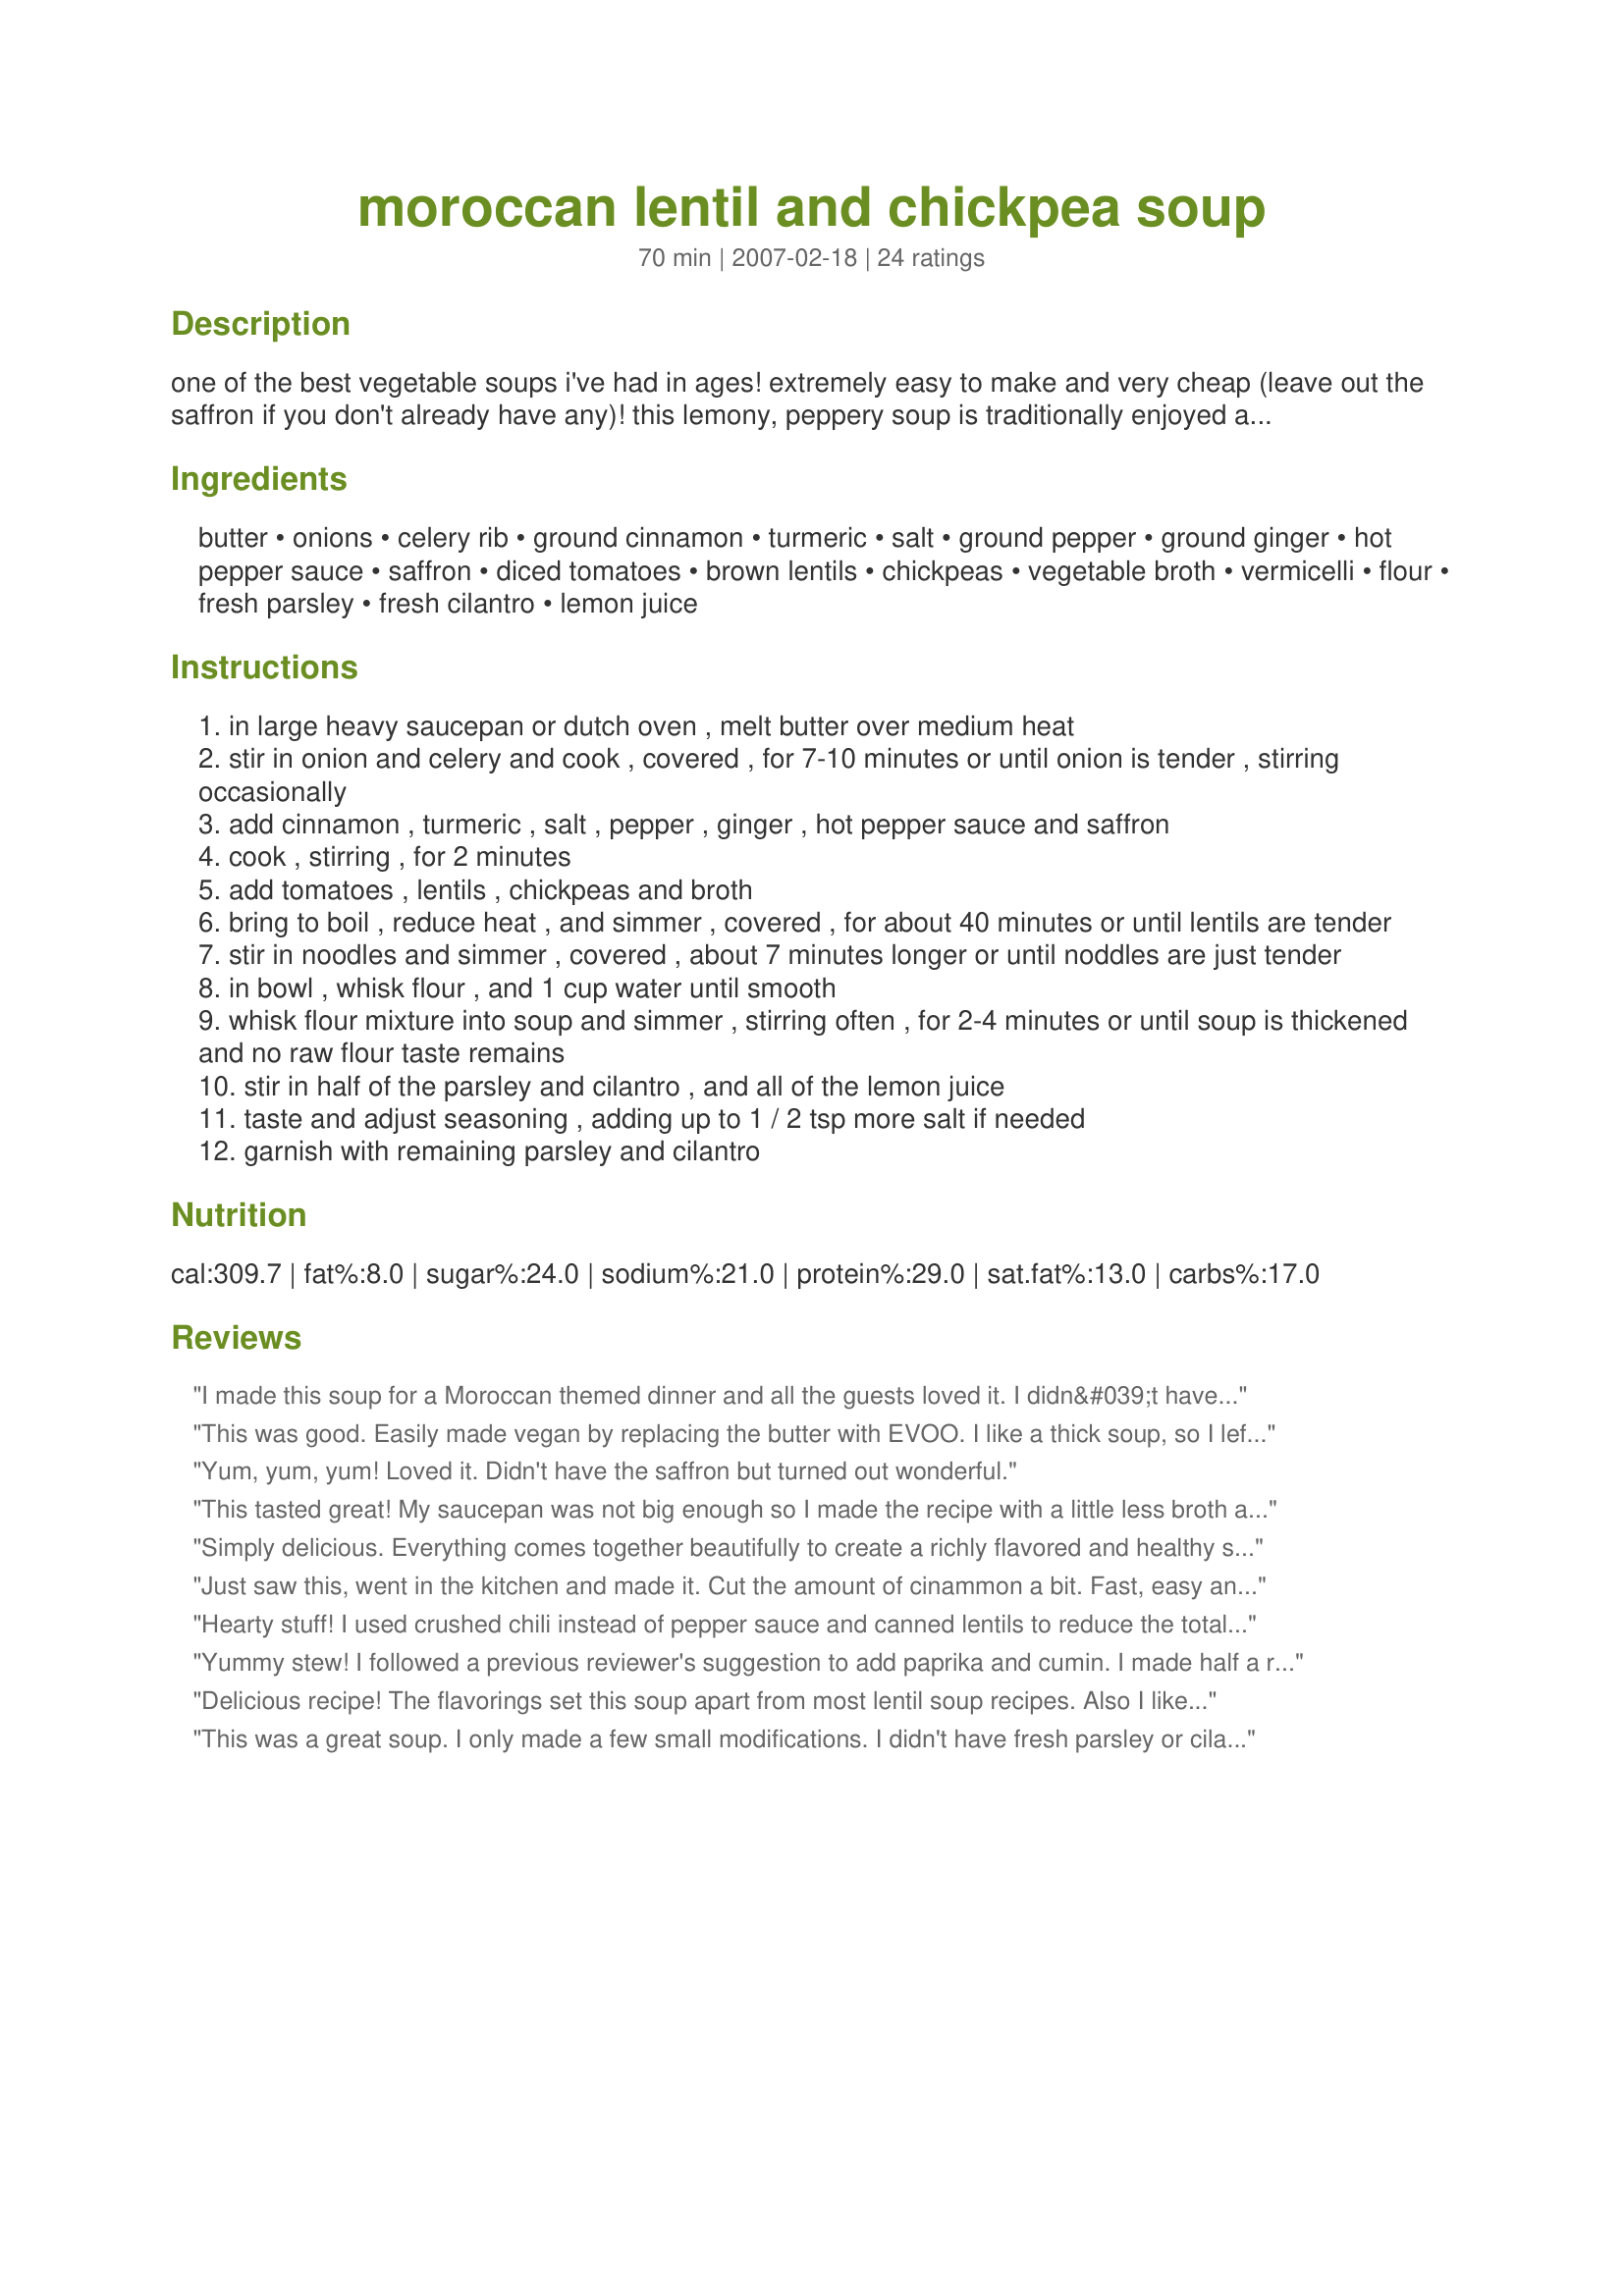
moroccan lentil and chickpea soup
Preparation time: 70 minutes

one of the best vegetable soups i've had in ages! extremely easy to make and very cheap (leave out the saffron if you don't already have any)! this lemony, peppery soup is traditionally enjoyed at the end of a day of fasting during the muslim holy month of ramadan. this is a vegetarian version of the thick and aromatic soup. more like a stew. from the 2/2007 issue of canadian house & home.

Ingredients:
butter, onions, celery rib, ground cinnamon, turmeric, salt, ground pepper, ground ginger, hot pepper sauce, saffron, diced tomatoes, brown lentils, chickpeas, vegetable broth, vermicelli, flour, fresh parsley, fresh cilantro, lemon juice

Steps:
in large heavy saucepan or dutch oven , melt butter over medium heat
stir in onion and celery and cook , covered , for 7-10 minutes or until onion is tender , stirring occasionally
add cinnamon , turmeric , salt , pepper , ginger , hot pepper sauce and saffron
cook , stirring , for 2 minutes
add tomatoes , lentils , chickpeas and broth
bring to boil , reduce heat , and simmer , covered , for about 40 minutes or until lentils are tender
stir in noodles and simmer , covered , about 7 minutes longer or until noddles are just tender
in bowl , whisk flour , and 1 cup water until smooth
whisk flour mixture into soup and simmer , stirring often , for 2-4 minutes or until soup is thickened and no raw flour taste remains
stir in half of the parsley and cilantro , and all of the lemon juice
taste and adjust seasoning , adding up to 1 / 2 tsp more salt if needed
garnish with remaining parsley and cilantro

Reviews:
I made this soup for a Moroccan themed dinner and all the guests loved it. I didn&#039;t have an vermicelli so i used pad thai noodles and they turned out great. I did add some cumin to the dish and used canned lentils. I will definitely make this again!
This was good. Easily made vegan by replacing the butter with EVOO. I like a thick soup, so I left out the water, and mixed the flour with 1/2 cup of the hot broth. Used the orzo, otherwise followed to a T. Surprisingly we found the lemon juice rather overpowering. Confusing given the small amount! I would cut it back to half, taste it and then add to your liking. On the other hand I'm sure it will all meld over night and it won't be as strong as leftovers tomorrow. Nice fiber and protein punch here. very filling meal!
Yum, yum, yum! Loved it. Didn't have the saffron but turned out wonderful.
This tasted great! My saucepan was not big enough so I made the recipe with a little less broth and onions. Used fresh ginger and a Serrano pepper instead of ground ginger and hot sauce. No saffron. All organic ingredients. Delightful for a first Moroccan dish to get used to the flavors.
Simply delicious. Everything comes together beautifully to create a richly flavored and healthy soup. The late addition of lemon juice add a vibrant touch that is not to be missed. I didn't have fresh parsley or cilantro and had to use dried but it still turned out great. Thanks Kumquat for a high fiber, low fat and oh so tasty meal. This is a recipe that I'll absolutely use again
Just saw this, went in the kitchen and made it. Cut the amount of cinammon a bit. Fast, easy and inexpensive to make. I had some chicken breast that I chopped up and tossed in too because I didn't care if it was vegetarian or not. Will certainly make again.
Hearty stuff!
I used crushed chili instead of pepper sauce and canned lentils to reduce the total cooking time.
I tasted it & thought it was lacking something, then i read The other reviews & followed chefDYC's advice and added ground cumin aswell as a couple of dashes of paprika....
Beautiful!!
Yummy stew! I followed a previous reviewer's suggestion to add paprika and cumin. I made half a recipe, and just used the full can of beans and tomatoes, since that was more convenient. To counter balance that, I increased the celery (to 2 ribs) and the pasta (to 3/4 cup). I also used olive oil and skipped the flour part. Delicious!
Delicious recipe! The flavorings set this soup apart from most lentil soup recipes. Also I liked the idea of adding in the small pasta. Thank you Kumquat. I tried to give this 5 stars<br/>but the stars keep clearing.
This was a great soup. I only made a few small modifications. I didn't have fresh parsley or cilantro; I used dried parsley instead. Fresh would have been better but not crucial. I didn't have any pasta so I used rice, worked quite well. I omitted the saffron, not sure if it would have been better. I also added 1/2t of cumin. This was a great recipe and I think that it would have been great just as written too.
I LOVED this! DS, who's getting burned out on chickpeas lately, even had 3 helpings! It was very hearty and super easy to make too. I made it just as directed except I didn't have brown lentils on hand so I used green. For the small pasta I had Acini di Pepe. The flavor is terrific, it's healthy & my family particularly appreciated the stew-like consistency rather than soup. I'll be keeping this one handy & making it again. Thanks, Kumsie! Made & enjoyed for ZWT-6 Team Xtra Hot Dishes! :D
Loved this soup! I didn't use the saffron or fresh herbs. I ate leftovers at work for two days and my coworker wanted the recipe because it smelled so good. She made it that night and agreed it was fantastic. We both thought the lemon juice really brought the flavors of the soup together. Will definitely be making this again!
This was not as good as I had hoped. I gave it more stars than I would have, except that this was my first dish made with saffron, and that could very well have been the problem. Perhaps I simply do not like saffron, and I would not want to ruin a rating just for personal preference. I normally adore lentils and chickpeas, so I had high hopes. Perhaps I will try it again without the saffron, and re rate it then...
Mmm, so good. I also added the cumin and paprika. Didn't have any fresh cilantro or parsley either and I agree with Rose M- would have been better, but it was fine without. To save time I did all of the chopping and as much prep. stuff as I could the night before and it came together in about 45 min. The only thing was that there wasn't much pasta in comparison. I would add about twice as much next time- just my opinion. Thank you, Thank you, Thank you.
This is a relatively easy recipe to make. Very satisfying, healthy food.
My husband loved this! Great flavor and tons of fiber- Mmmm!
I made this soup and liked, but did not love it. It is easy to make, so do not be deterred by the long ingredient list. I did not make any modifications to the recipe. This makes quite a bit of soup so there will be plenty for leftovers. Thanks for a warming lunch!
Just made this today and it is excellent! I followed the recipe except I added the 1/4 tsp cumin as suggested on earlier reviews and instead of using the flour/water mixture as a thickener I added 1/2 a roasted eggplant (leftover from dinner last night) which I think added depth and worked to thicken without a roux. Also for the pasta I used a whole wheat Acini di Pepe. I will definitely be making this again!
Wonderful stuff on a wintery day! I added about 1/4 tsp of ground cumin as well. Recommended!
This is fantastic!! I didn't have to add any thickener at the end. . .I actually had to add extra crushed tomatoes and broth to thin it out a bit. I may have added too much pasta, but it was great. I did cut the recipe in half which was still quite a lot. I gave it an extra dash of cinnamon in the end, but I was SO happy with the results of this "soup". Made for ZWT6, Team SSaSSy. I would take a pic, but Tink's is just way too perfect!
This is the best thing I have made all year! Love the unique spiciness in this dish. Leftovers were also fantastic.
This stew was very delicious. I added some bite-size pieces of beef to the soup & left out the celery. I just realized that I also left out the vermicelli but I am sure it would have been better with it. I will have to make it again just to make sure. ;) Thanks Kumquat
Love this!!! I like using thicker vermicelli. mmm!
this was good, I do plan on making this again but not often, my family didnt seem to enjoy it as well as i did. thanks for sharing.
